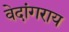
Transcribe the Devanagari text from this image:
वेदांगराय